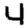
Digit: 4